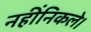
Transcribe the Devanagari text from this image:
नहींनिकले।